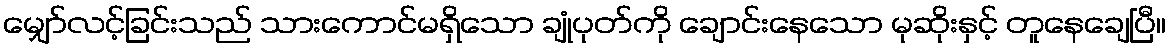
မျှော်လင့်ခြင်းသည် သားကောင်မရှိသော ချုံပုတ်ကို ချောင်းနေသော မုဆိုးနှင့် တူနေချေပြီ။